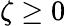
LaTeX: \zeta\geq 0